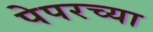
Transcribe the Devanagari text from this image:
पेपरच्या